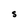
Character: S